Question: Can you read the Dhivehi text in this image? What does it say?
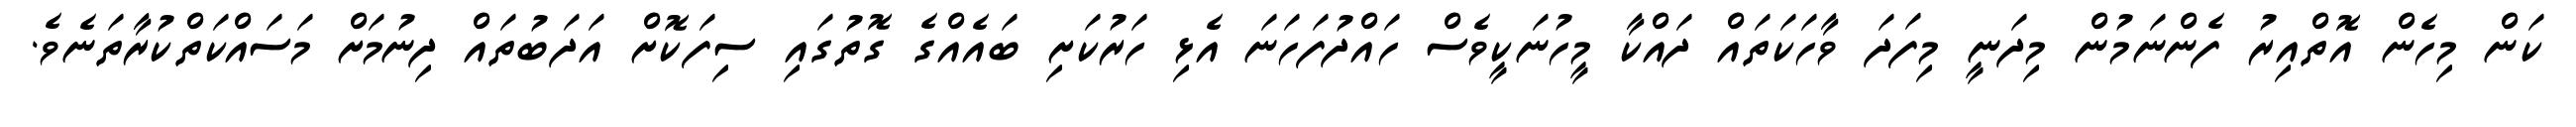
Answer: ކަން މިހެން އޮތްއިރު ފެންނަމުން މިދަނީ މިފަދަ ވާހަކަތައް ދައްކާ މީހުނަކީވެސް ހައްދުފަހަނަ އެޅި ހަރުކަށި ބައެއްގެ ގޮތުގައި ސިފަކޮށް އަދަބުތައް ދިނުމަށް މަސައްކަތްކުރާތަނެވެ.